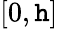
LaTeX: [0,\mathtt{h}]